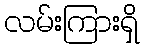
လမ်းကြားရှိ